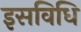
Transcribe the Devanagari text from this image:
इसविधि